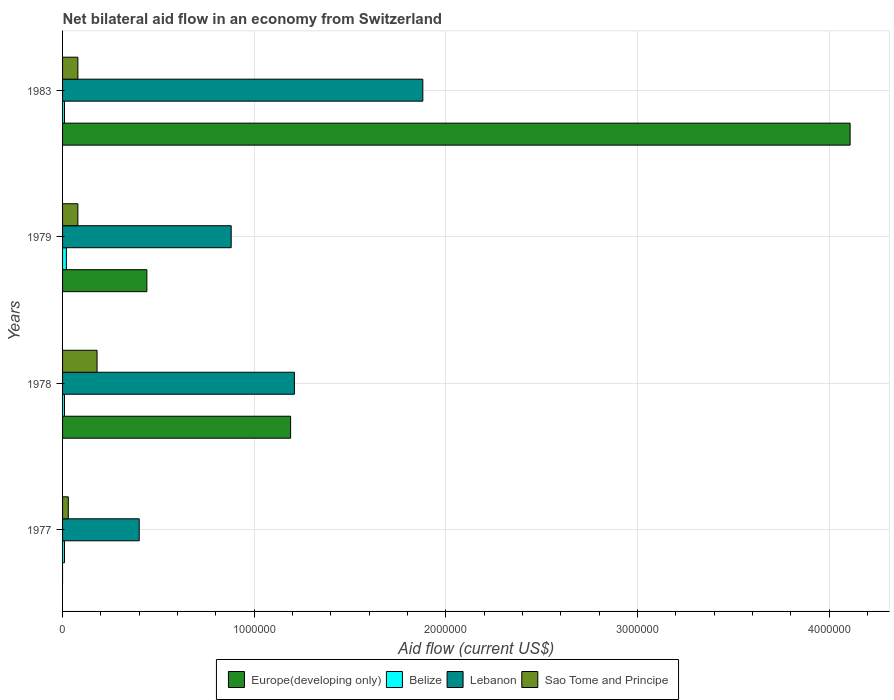
| Years | Europe(developing only) | Belize | Lebanon | Sao Tome and Principe |
 | --- | --- | --- | --- | --- |
 | 1977 | -8.2e+05 | 1e+04 | 4e+05 | 3e+04 |
 | 1978 | 1.19e+06 | 1e+04 | 1.21e+06 | 1.8e+05 |
 | 1979 | 4.4e+05 | 2e+04 | 8.8e+05 | 8e+04 |
 | 1983 | 4.11e+06 | 1e+04 | 1.88e+06 | 8e+04 |